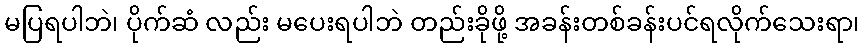
မပြရပါဘဲ၊ ပိုက်ဆံ လည်း မပေးရပါဘဲ တည်းခိုဖို့ အခန်းတစ်ခန်းပင်ရလိုက်သေးရာ၊